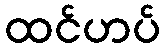
ထင်ဟပ်